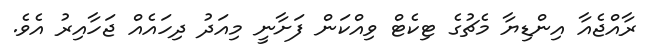
ރާއްޖެއާ އިންޑިޔާ މެޗުގެ ޓިކެޓް ވިއްކަން ފަށާނީ މިއަދު ދިހައެއް ޖަހާއިރު އެވެ.